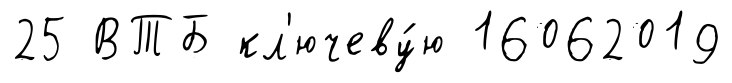
25 ВТБ кл'ючеву́ю 16062019